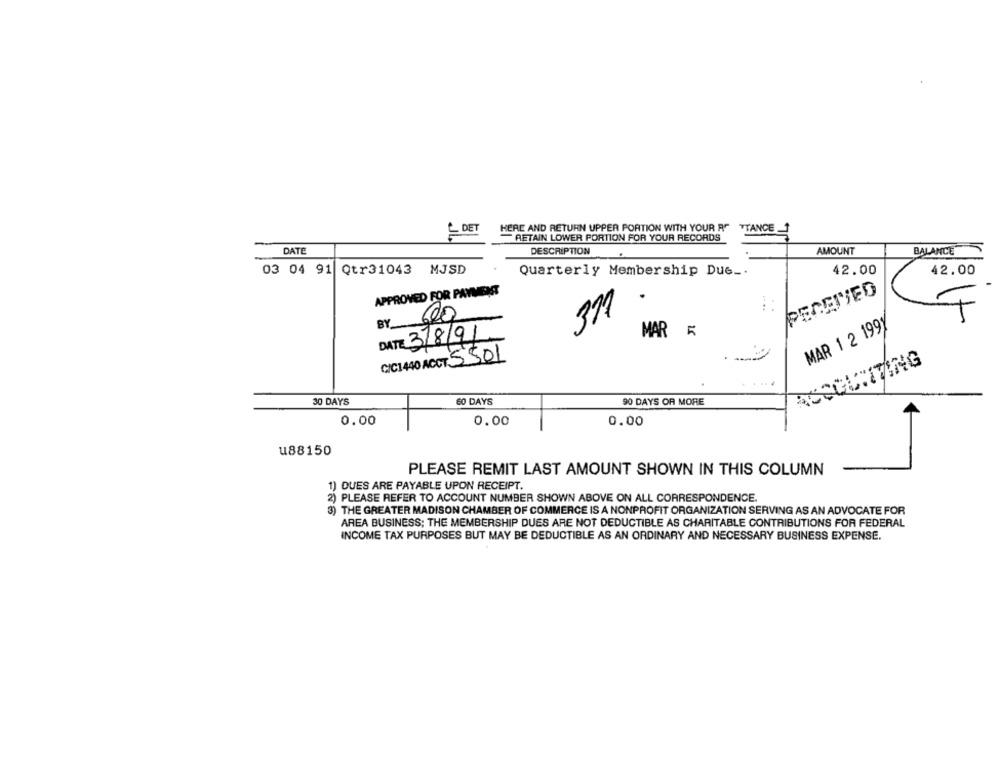
- DET
HERE AND RETURN UPPER PORTION WITH YOUR R" TTANCE _1
RETAIN LOWER PORTION FOR YOUR RECORDS
DATE
DESCRIPTION
AMOUNT
BALANCE
03 04 91 Qtr31043 MJSD
Quarterly Membership Due _.
42.00
42.00
PECEIVED
APPROVED FOR PAWIENST
311
.
BY 600
MAR 1 2 199)
MAR
DATE 3/8/91
C/C1440 ACCT 5501
...
30 DAYS
60 DAYS
90 DAYS OR MORE
0.00
0.00
0.00
u88150
PLEASE REMIT LAST AMOUNT SHOWN IN THIS COLUMN
1) DUES ARE PAYABLE UPON RECEIPT.
2) PLEASE REFER TO ACCOUNT NUMBER SHOWN ABOVE ON ALL CORRESPONDENCE.
3) THE GREATER MADISON CHAMBER OF COMMERCE IS A NONPROFIT ORGANIZATION SERVING AS AN ADVOCATE FOR
AREA BUSINESS; THE MEMBERSHIP DUES ARE NOT DEDUCTIBLE AS CHARITABLE CONTRIBUTIONS FOR FEDERAL
INCOME TAX PURPOSES BUT MAY BE DEDUCTIBLE AS AN ORDINARY AND NECESSARY BUSINESS EXPENSE.